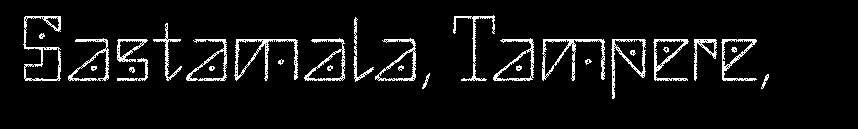
Sastamala, Tampere,